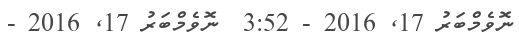
ނޮވެމްބަރު 17